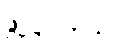
ဖွဲ့ပြပါတယ်။